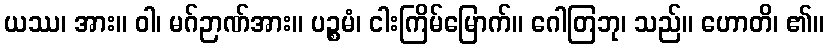
ယဿ၊ အား။ ဝါ၊ မဂ်ဉာဏ်အား။ ပဉ္စမံ၊ ငါးကြိမ်မြောက်။ ဂေါတြဘု၊ သည်။ ဟောတိ၊ ၏။